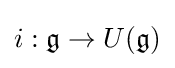
i:{\mathfrak {g}}\to U({\mathfrak {g}})